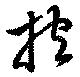
抱